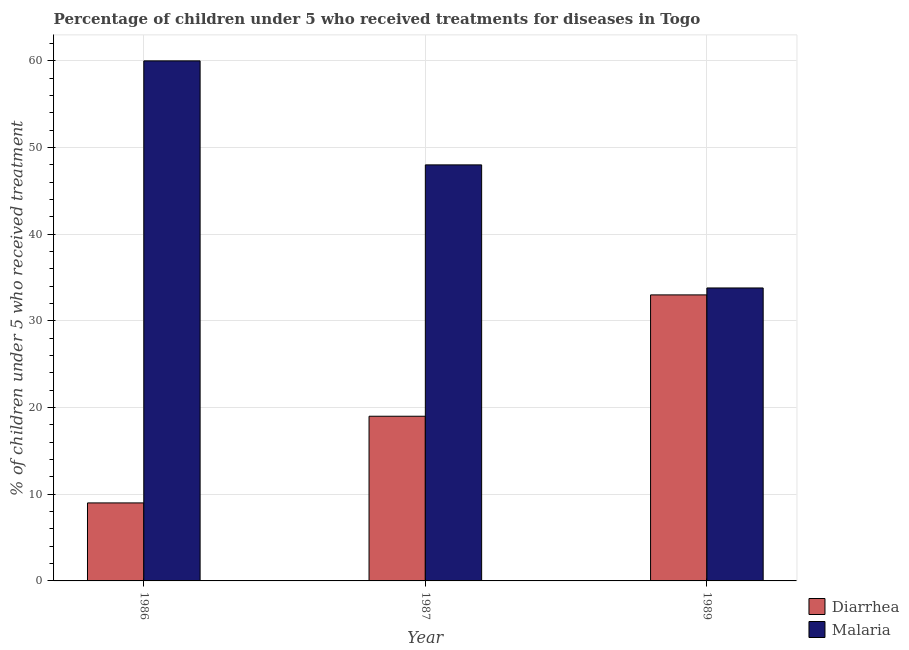
| Year | Diarrhea | Malaria |
 | --- | --- | --- |
 | 1986 | 9 | 60 |
 | 1987 | 19 | 48 |
 | 1989 | 33 | 33.8 |